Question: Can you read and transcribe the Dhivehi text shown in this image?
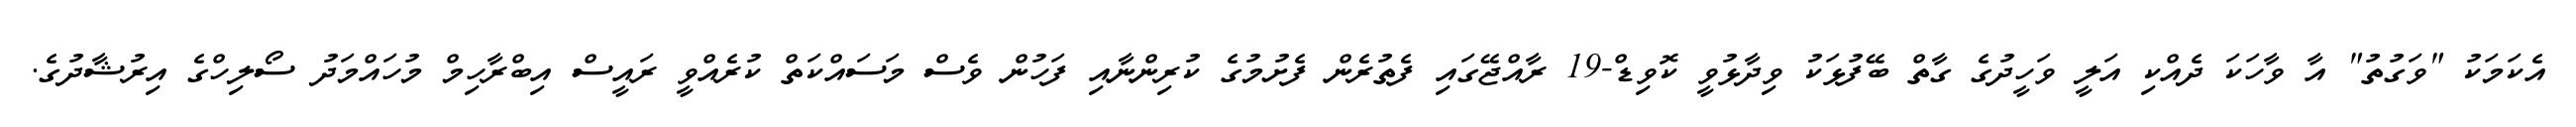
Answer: އެކަމަކު "ވަގުތު" އާ ވާހަކަ ދެއްކި އަލީ ވަހީދުގެ ގާތް ބޭފުޅަކު ވިދާޅުވީ ކޮވިޑް-19 ރާއްޖޭގައި ފެތުރެން ފެށުމުގެ ކުރިންނާއި ފަހުން ވެސް މަސައްކަތް ކުރެއްވީ ރައީސް އިބްރާހިމް މުހައްމަދު ސޯލިހްގެ އިރުޝާދުގެ.